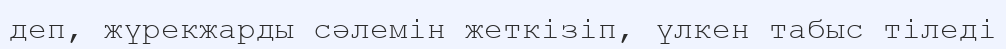
деп, жүрекжарды сәлемін жеткізіп, үлкен табыс тіледі